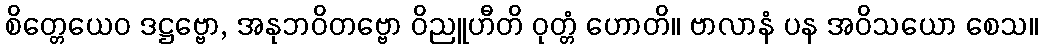
စိတ္တေယေဝ ဒဋ္ဌဗ္ဗော, အနုဘဝိတဗ္ဗော ဝိညူဟီတိ ဝုတ္တံ ဟောတိ။ ဗာလာနံ ပန အဝိသယော စေသ။